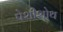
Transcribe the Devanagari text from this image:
पेशीशोथ